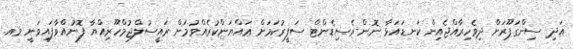
އަދި ސިންގަޕޫރަށް ދިވެހިރާއްޖެއިން ކަނޑައަޅާ ނޮން-ރެސިޑެންޓް ސަފީރުކަމަށް ޢައްޔަންކުރެއްވުމަށް ރައީސުލްޖުމްހޫރިއްޔާ ފޮނުއްވާފައިވަނީ މއ.